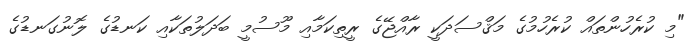
"މި ކުރެހުންތައް ކުރެހުމުގެ މަޤްސަދަކީ ރާއްޖޭގެ ރީތިކަމާއި މޫސުމީ ބަދަލުތަކާއި ކަނޑުގެ ލޮނުގަނޑުގެ